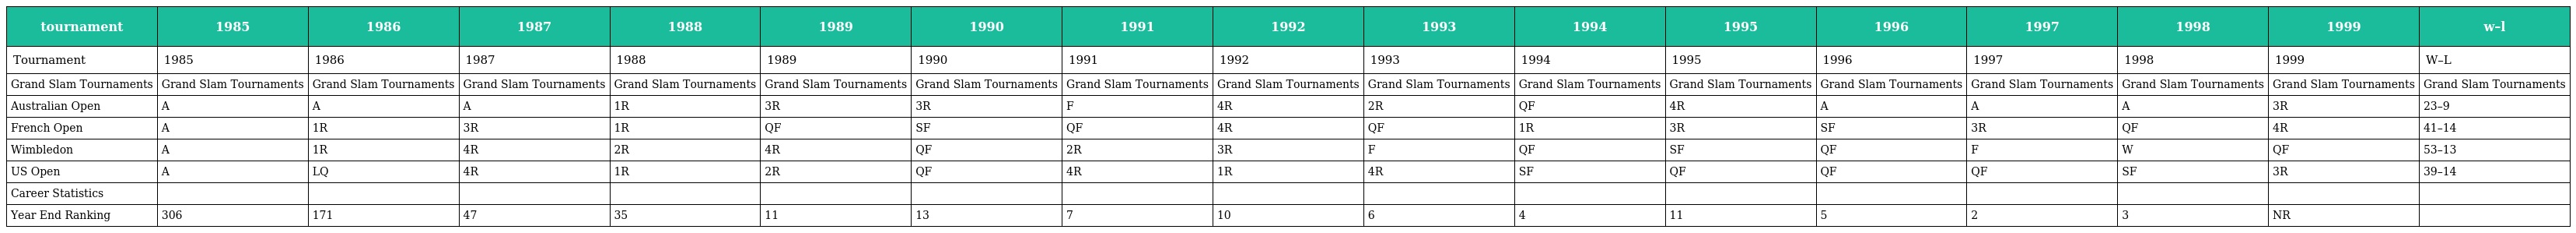
| tournament | 1985 | 1986 | 1987 | 1988 | 1989 | 1990 | 1991 | 1992 | 1993 | 1994 | 1995 | 1996 | 1997 | 1998 | 1999 | w–l |
 | --- | --- | --- | --- | --- | --- | --- | --- | --- | --- | --- | --- | --- | --- | --- | --- | --- |
 | Tournament | 1985 | 1986 | 1987 | 1988 | 1989 | 1990 | 1991 | 1992 | 1993 | 1994 | 1995 | 1996 | 1997 | 1998 | 1999 | W–L |
 | Grand Slam Tournaments | Grand Slam Tournaments | Grand Slam Tournaments | Grand Slam Tournaments | Grand Slam Tournaments | Grand Slam Tournaments | Grand Slam Tournaments | Grand Slam Tournaments | Grand Slam Tournaments | Grand Slam Tournaments | Grand Slam Tournaments | Grand Slam Tournaments | Grand Slam Tournaments | Grand Slam Tournaments | Grand Slam Tournaments | Grand Slam Tournaments | Grand Slam Tournaments |
 | Australian Open | A | A | A | 1R | 3R | 3R | F | 4R | 2R | QF | 4R | A | A | A | 3R | 23–9 |
 | French Open | A | 1R | 3R | 1R | QF | SF | QF | 4R | QF | 1R | 3R | SF | 3R | QF | 4R | 41–14 |
 | Wimbledon | A | 1R | 4R | 2R | 4R | QF | 2R | 3R | F | QF | SF | QF | F | W | QF | 53–13 |
 | US Open | A | LQ | 4R | 1R | 2R | QF | 4R | 1R | 4R | SF | QF | QF | QF | SF | 3R | 39–14 |
 | Career Statistics |  |  |  |  |  |  |  |  |  |  |  |  |  |  |  |  |
 | Year End Ranking | 306 | 171 | 47 | 35 | 11 | 13 | 7 | 10 | 6 | 4 | 11 | 5 | 2 | 3 | NR |  |